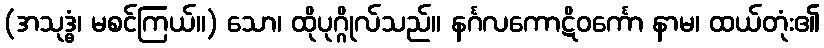
(အသုဒ္ဓံ၊ မစင်ကြယ်။) သော၊ ထိုပုဂ္ဂိုလ်သည်။ နင်္ဂလကောဋိဝင်္ကော နာမ၊ ထယ်တုံး၏